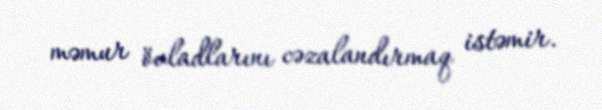
məmur övladlarını cəzalandırmaq istəmir.